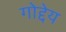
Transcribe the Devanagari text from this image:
गोद्देय